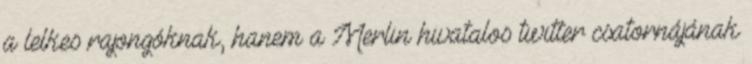
a lelkes rajongóknak, hanem a Merlin hivatalos twitter csatornájának